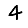
Digit: 4